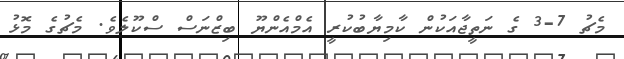
މެޗު 7-3 ގެ ނަތީޖާއަކުން ކާމިޔާބުކުރީ އެމްއެންޔޫ ބިޒްނަސް ސްކޫލެވެ. މެޗުގެ މޮޅު